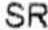
SR